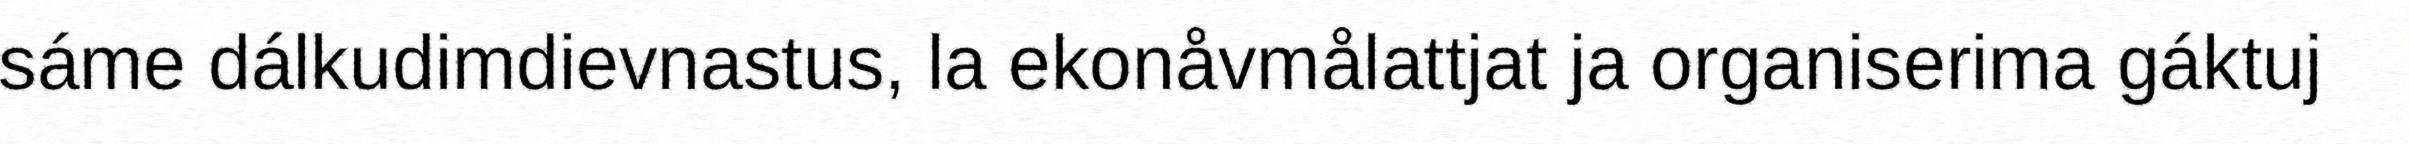
sáme dálkudimdievnastus, la ekonåvmålattjat ja organiserima gáktuj